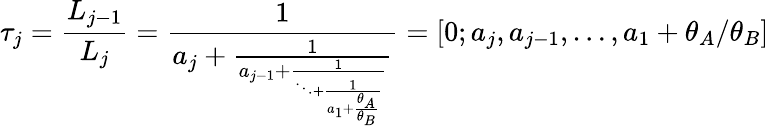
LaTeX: \tau_{j}=\frac{L_{j-1}}{L_{j}}=\frac{1}{a_{j}+\frac{1}{a_{j-1}+\frac{1}{\ddots+\frac{1}{a_{1}+\frac{\theta_{A}}{\theta_{B}}}}}}=[0;a_{j},a_{j-1},\ldots,a_{1}+\theta_{A}/\theta_{B}]